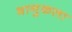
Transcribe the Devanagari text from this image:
भानुकला